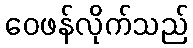
ဝေဖန်လိုက်သည်